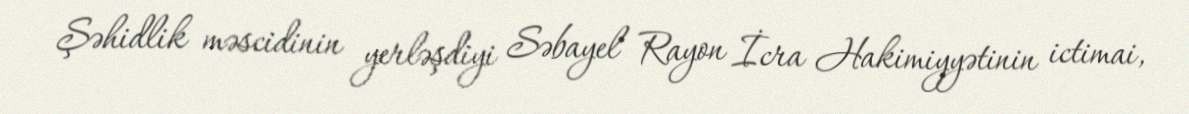
Şəhidlik məscidinin yerləşdiyi Səbayel Rayon İcra Hakimiyyətinin ictimai,